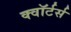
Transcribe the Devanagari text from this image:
क्वॉर्टर्स